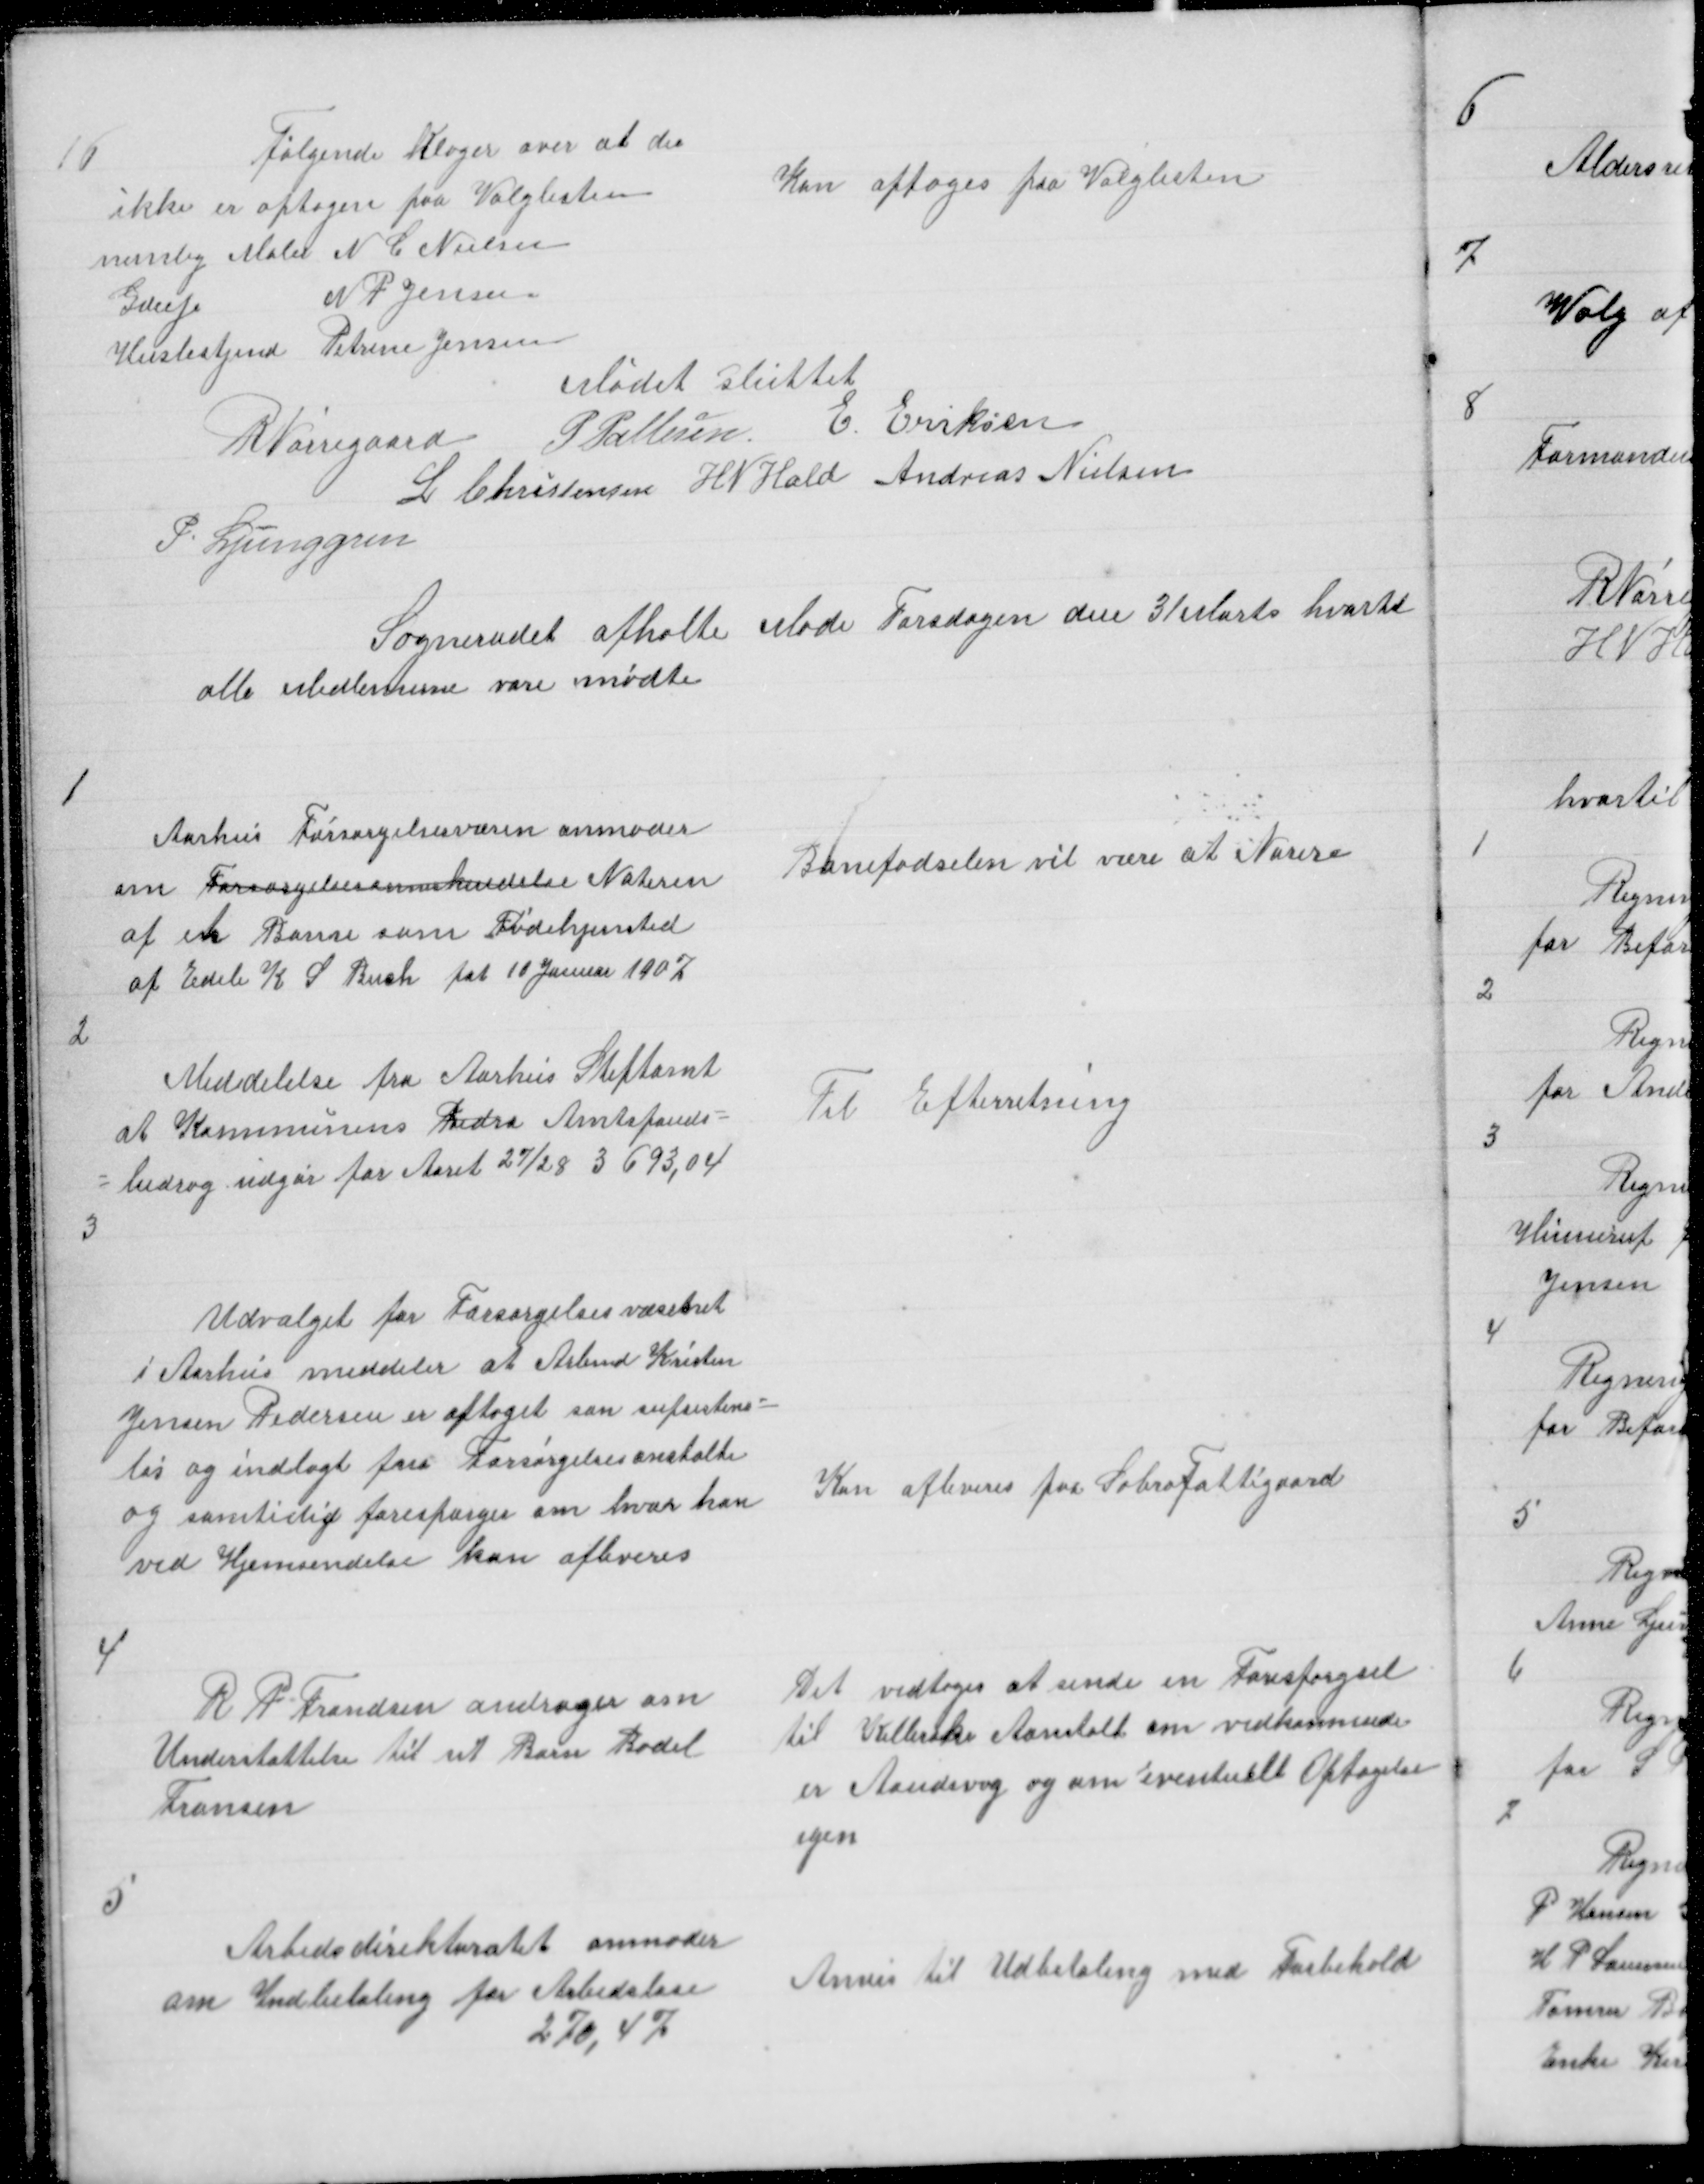
Transskription:
16
Følgende Klager over at der
ikke er optagen paa Valglisten
nemlig maler N C Nielsen
Gdseje
N P Jensen
Husbstyind Petrine Jensen
Mødet sluttet

Kan optages paa Valglisten

R Nørregaard P Pallesen E Eriksen
L Christensen H N Hald Andreas Nielsen
P. Ljunggren

Sogneradet afholte Møde Torsdagen den 31 Marts hvortil
alle Medlemerne vare mødte

1

Aarhus Forsørgelsesvæsen anmoder
om Forsørgelsesannerkendelse Noterin
af en Barne som Fødehjemsted
af Edele K S Buch føt 10 Januar 1907

Banefødselen vil være at Norere

2

Meddelelse fra Aarhus Stiftamt
at Kommunens Bidra Amtsfonds =
= bidrag udgør for Aaret 27/28 3693,04
3

Til Efterretning

Udvalget for Forsørgelsesvæsenet
i Aarhus meddeler at Arbmd Kristen
Jensen Pedersen er optaget som Supsistens =
løs og indlagt paa Forsørgelsesanstalt
og samtidig forespørges hvor han
ved Hjemsendelse kan afleveres

Kan afleveres paa Sabro Fattigaard

4

R P Frandsen andrager om
Understøttelse til sit Barn Bodil
Fransen

Det vedtoges at sende en Forespørgsel
til Kellerske Anstalt om vedkommende
er Aandsvag og om eventuelt Optagelse
igen

5

Arbedsdirekturatet anmoder
om Indbetaling for Arbedsløse
270,47

Anvis til Udbetaling med Forbehold